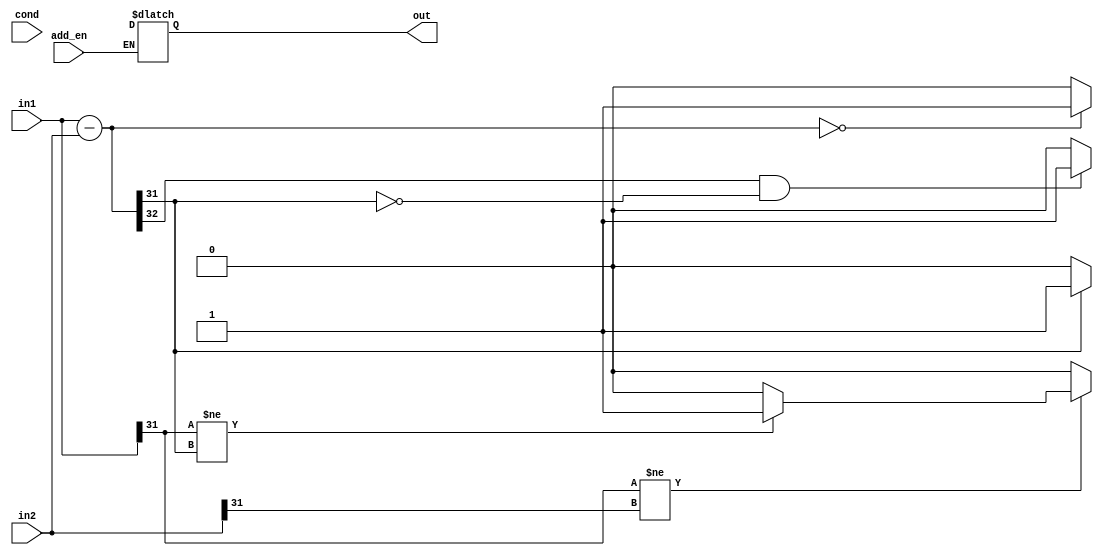
module compare(in1, in2, cond, out, add_en);

input [31:0]in1, in2;
input [3:0] cond;
input add_en;
output reg [35:0] out;

reg [32:0] temp;

always@ (*)
begin 
if(add_en == 1'b1)
	begin
		out = {36{1'bz}};
		temp = in1-in2;
		
		if(temp[31] == 1'b1)
			out[35] = 1'b1; //zero flag
		else
			out[35] = 1'b0;
		
		if(temp == 0)
			out[34] = 1'b1; //negative flag
		else
			out[34] = 1'b0;
			
		out[33] = ((temp[32] == 1'b1) && (temp[31] == 1'b0)) ? 1'b1 : 1'b0; // cary flag
		
		if(in1[31] == in2[31])
		begin
			out[32] = (in1[31] != in2[31]) ? ((in1[31]!=temp[31])?(1'b1):(1'b0)): (1'b0); //overflow flag
			
	end
else
	begin
		out  = 36'bz;
	end
end 
end
endmodule